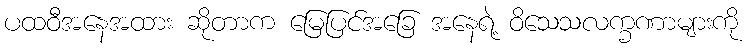
ပထဝီအနေအထား ဆိုတာက မြေပြင်အခြေ အနေရဲ့ ဝိသေသလက္ခဏာများကို